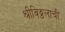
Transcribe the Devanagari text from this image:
श्रीविठ्ठलाची